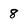
Character: 8